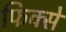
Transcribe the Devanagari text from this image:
फिक्से